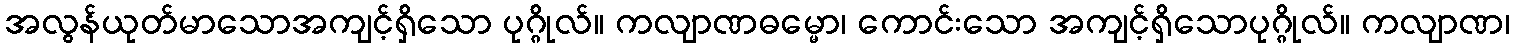
အလွန်ယုတ်မာသောအကျင့်ရှိသော ပုဂ္ဂိုလ်။ ကလျာဏဓမ္မော၊ ကောင်းသော အကျင့်ရှိသောပုဂ္ဂိုလ်။ ကလျာဏ၊